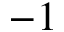
- 1